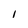
Character: I